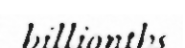
billionths